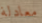
معادلة